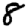
Digit: 8